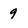
Character: 9